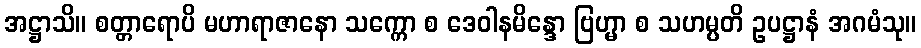
အဋ္ဌာသိ။ စတ္တာရောပိ မဟာရာဇာနော သက္ကော စ ဒေဝါနမိန္ဒော ဗြဟ္မာ စ သဟမ္ပတိ ဥပဋ္ဌာနံ အဂမံသု။